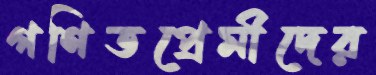
গণিতপ্রেমীদের